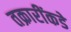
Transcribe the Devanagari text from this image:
तक्रारींकडे